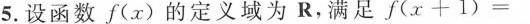
5.设函数f(x)的定义域为R，满足f(x+1)=